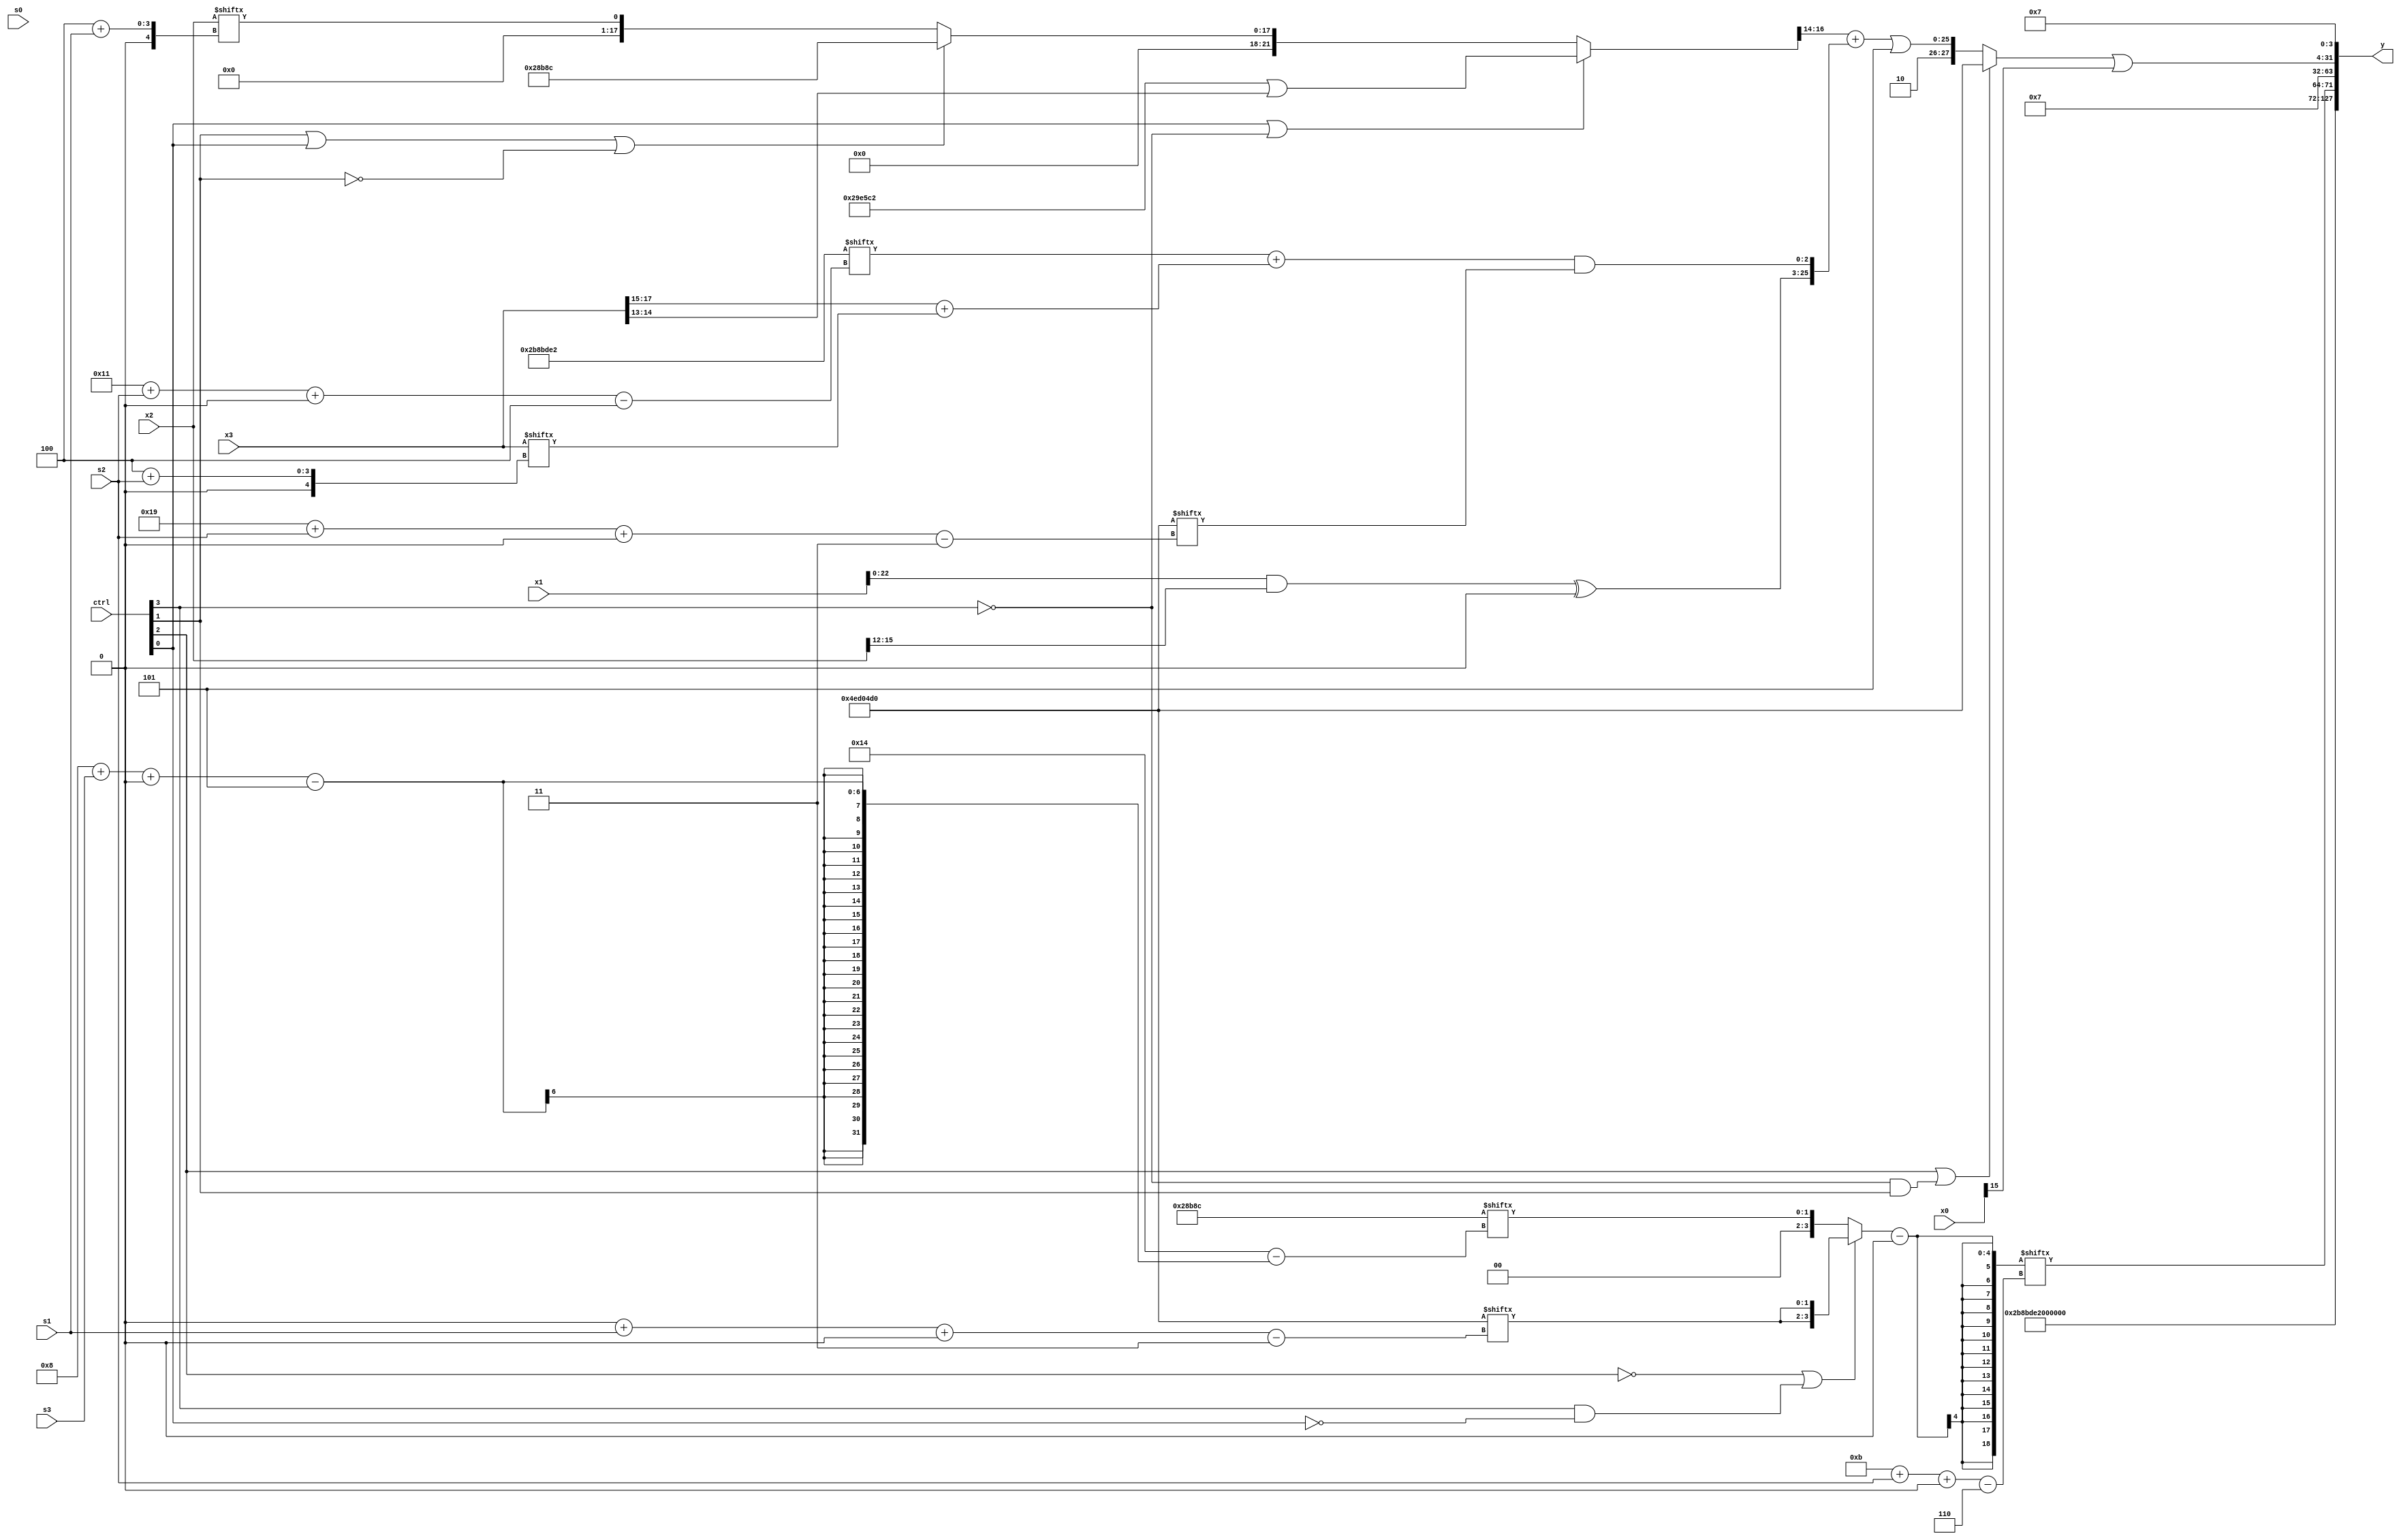
module partsel_00464(ctrl, s0, s1, s2, s3, x0, x1, x2, x3, y);
  input [3:0] ctrl;
  input [2:0] s0;
  input [2:0] s1;
  input [2:0] s2;
  input [2:0] s3;
  input [31:0] x0;
  input signed [31:0] x1;
  input signed [31:0] x2;
  input [31:0] x3;
  wire [30:3] x4;
  wire [31:3] x5;
  wire [3:28] x6;
  wire [30:0] x7;
  wire signed [7:24] x8;
  wire signed [24:6] x9;
  wire [4:29] x10;
  wire signed [31:6] x11;
  wire signed [2:25] x12;
  wire signed [31:5] x13;
  wire signed [1:29] x14;
  wire [2:30] x15;
  output [127:0] y;
  wire [31:0] y0;
  wire signed [31:0] y1;
  wire [31:0] y2;
  wire signed [31:0] y3;
  assign y = {y0,y1,y2,y3};
  localparam signed [4:26] p0 = 103409090;
  localparam signed [30:4] p1 = 716750306;
  localparam signed [5:26] p2 = 750947212;
  localparam [30:3] p3 = 887948496;
  assign x4 = {p0[11 + s3 +: 4], (ctrl[0] && ctrl[0] || !ctrl[3] ? (p0 | x3[13 +: 2]) : (ctrl[1] || ctrl[0] || !ctrl[1] ? p2 : x2[4 + s1]))};
  assign x5 = x3[23];
  assign x6 = {2{(x4[17 +: 3] + {((x1 & x2[15 -: 4]) ^ (x2[31 + s3 +: 1] & (x5[15 -: 2] + p2[22 -: 1]))), ((p1[17 + s2 +: 2] + (x3[17 -: 3] + x3[4 + s2])) & p3[25 + s2 +: 3])})}};
  assign x7 = ((ctrl[0] || !ctrl[1] && !ctrl[2] ? x6[15 + s2] : {2{{2{p3[14 + s1]}}}}) ^ ({2{({2{x4[24 + s3 -: 2]}} + x1[22])}} + p2[19 + s0]));
  assign x8 = (!ctrl[2] || !ctrl[2] && !ctrl[3] ? (p1[13 -: 4] + (x6[9 +: 1] | (ctrl[2] && !ctrl[0] || ctrl[0] ? {2{x4[14 + s3]}} : x1[9 + s0]))) : (({{p3, (x3[22 + s2 -: 8] - x4[14 +: 2])}, ((x1 - p0) + x6)} ^ p2[19]) - p0[3 + s3 -: 6]));
  assign x9 = ((!ctrl[2] || ctrl[3] && !ctrl[0] ? {2{p3[0 + s1 +: 2]}} : p2[8 + s3 +: 2]) - x7[14 -: 3]);
  assign x10 = {{(x9[16] | p0[18 +: 3]), p1}, p0[14]};
  assign x11 = ((x5[13 + s2 -: 8] - (x3[6 + s3 -: 3] & x3)) & p1[20]);
  assign x12 = x9[7 + s2];
  assign x13 = p1[7 + s2];
  assign x14 = x5[7 + s3 +: 1];
  assign x15 = {p2[0 + s3 -: 3], p2[14 +: 1]};
  assign y0 = (p0[17] + p1);
  assign y1 = x9[11 + s2 +: 8];
  assign y2 = p1[13 -: 4];
  assign y3 = {((ctrl[2] || !ctrl[3] && ctrl[1] ? (ctrl[2] || !ctrl[2] || !ctrl[3] ? p3 : {x5[19], p1[16]}) : {p1, (x6 | (x13[8] ^ x10[20 -: 3]))}) | x0[15]), p1[15 +: 4]};
endmodule